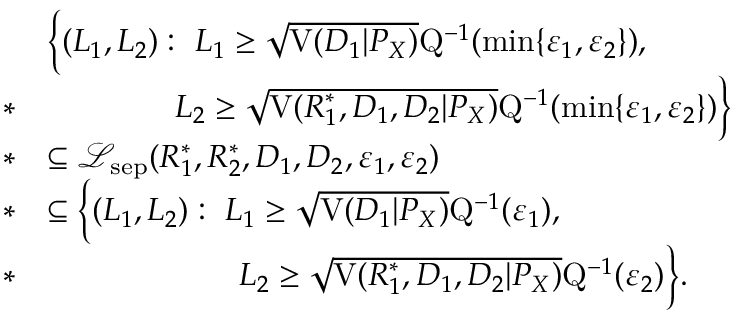
\begin{array} { r l } & { \Big \{ ( L _ { 1 } , L _ { 2 } ) : ~ L _ { 1 } \geq \sqrt { \mathrm { V } ( D _ { 1 } | P _ { X } ) } \mathrm { Q } ^ { - 1 } ( \operatorname* { m i n } \{ \varepsilon _ { 1 } , \varepsilon _ { 2 } \} ) , } \\ { * } & { \qquad \qquad L _ { 2 } \geq \sqrt { \mathrm { V } ( R _ { 1 } ^ { * } , D _ { 1 } , D _ { 2 } | P _ { X } ) } \mathrm { Q } ^ { - 1 } ( \operatorname* { m i n } \{ \varepsilon _ { 1 } , \varepsilon _ { 2 } \} ) \Big \} } \\ { * } & { \subseteq \mathcal { L } _ { \mathrm { s e p } } ( R _ { 1 } ^ { * } , R _ { 2 } ^ { * } , D _ { 1 } , D _ { 2 } , \varepsilon _ { 1 } , \varepsilon _ { 2 } ) } \\ { * } & { \subseteq \Big \{ ( L _ { 1 } , L _ { 2 } ) : ~ L _ { 1 } \geq \sqrt { \mathrm { V } ( D _ { 1 } | P _ { X } ) } \mathrm { Q } ^ { - 1 } ( \varepsilon _ { 1 } ) , } \\ { * } & { \qquad \qquad \qquad L _ { 2 } \geq \sqrt { \mathrm { V } ( R _ { 1 } ^ { * } , D _ { 1 } , D _ { 2 } | P _ { X } ) } \mathrm { Q } ^ { - 1 } ( \varepsilon _ { 2 } ) \Big \} . } \end{array}